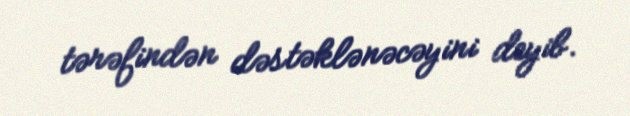
tərəfindən dəstəklənəcəyini deyib.